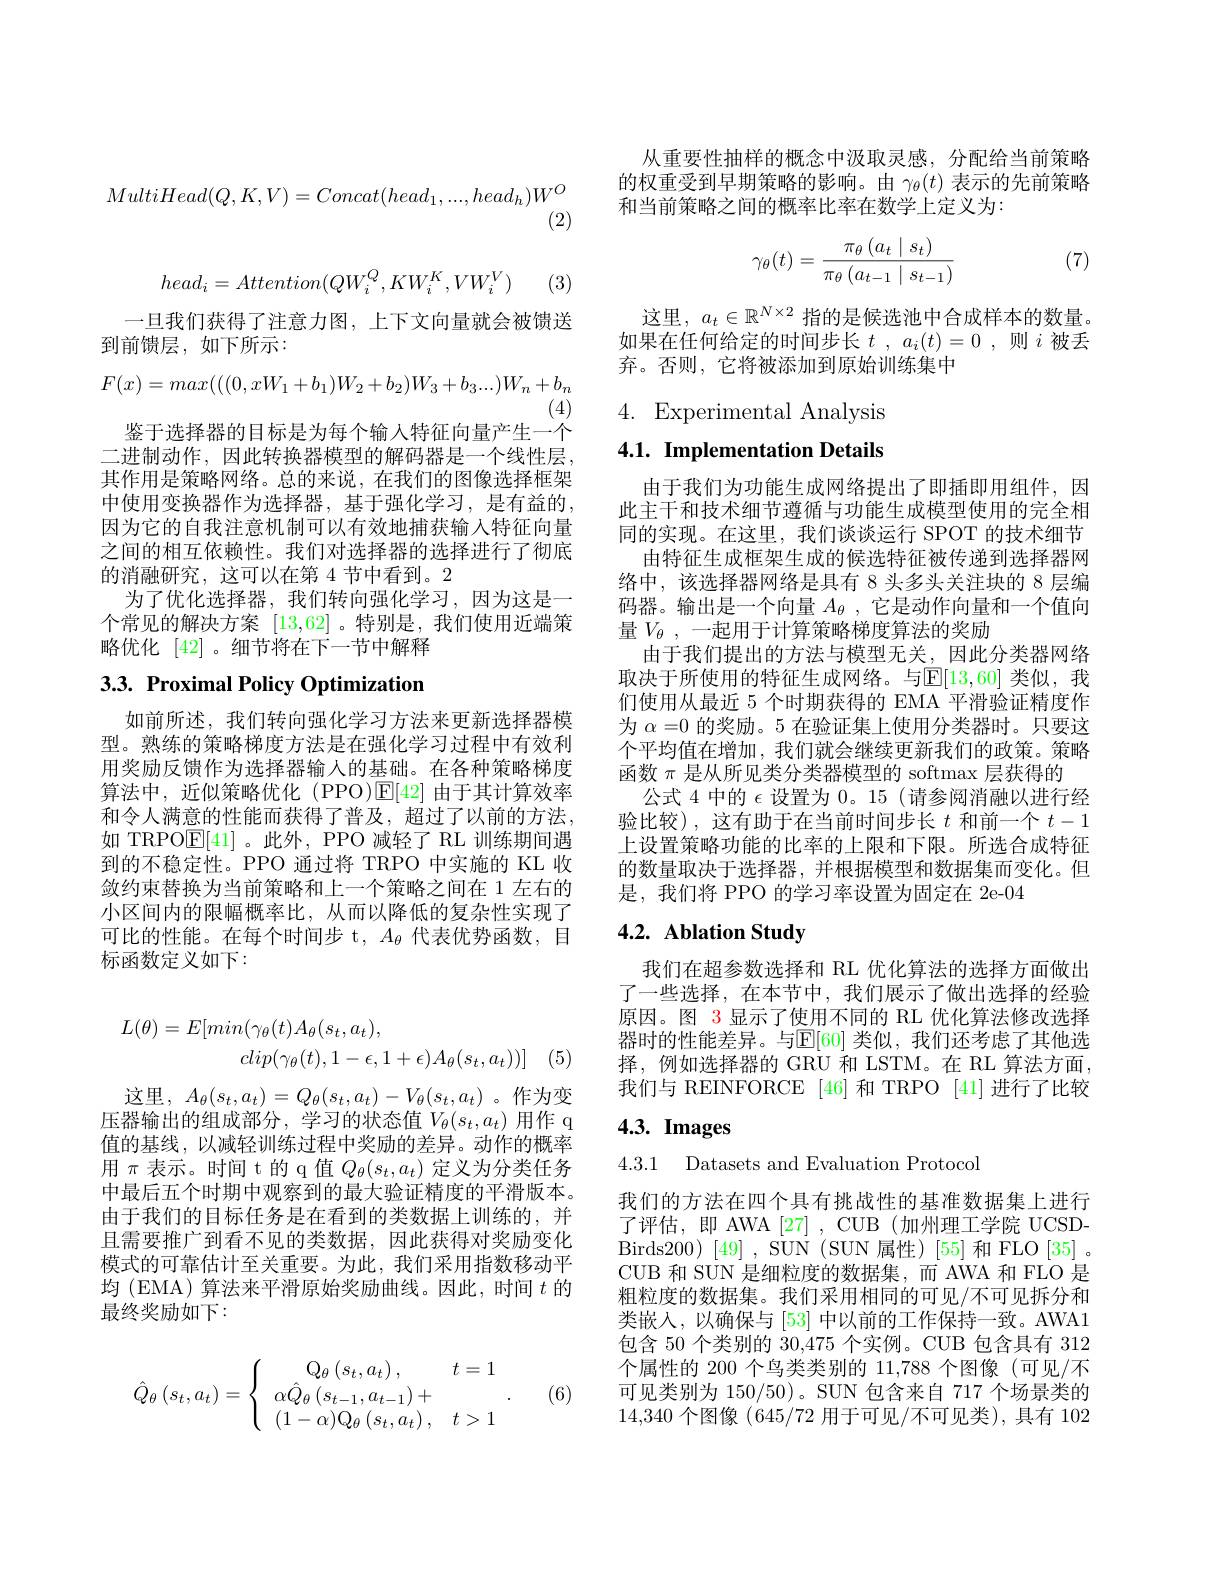
$$MultiHead(Q,K,V)=Concat(head_1,...,head_h)W^O$$
(2)
$$head_{i}=Attention(QW_{i}^{Q},KW_{i}^{K},VW_{i}^{V})$$
(3,
$$F(x)=max(((0,xW_{1}+b_{1})W_{2}+b_{2})W_{3}+b_{3}...)W_{n}+b_{n}$$
(4)

一旦我们获得了注意力图，上下文向量就会被馈送
到前馈层，如下所示：
鉴于选择器的目标是为每个输入特征向量产生一个二进制动作，因此转换器模型的解码器是一个线性层， 其作用是策略网络。总的来说，在我们的图像选择框架中使用变换器作为选择器，基于强化学习，是有益的， 因为它的自我注意机制可以有效地捕获输入特征向量之间的相互依赖性。我们对选择器的选择进行了彻底的消融研究，这可以在第 4 节中看到。2
为了优化选择器，我们转向强化学习，因为这是一个常见的解决方案[13,62] 。特别是，我们使用近端策略优化[42] 。细节将在下一节中解释

# $3. 3. \textbf{ Proximal Policy Optimization}$

如前所述，我们转向强化学习方法来更新选择器模型。熟练的策略梯度方法是在强化学习过程中有效利用奖励反馈作为选择器输入的基础。在各种策略梯度算法中，近似策略优化(PPO)$\mathbb{E}[42]$由于其计算效率和令人满意的性能而获得了普及，超过了以前的方法， 如 TRPO$\underline{\mathrm{E}}[41]$。此外，PPO 减轻了 RL 训练期间遇到的不稳定性。PPO 通过将 TRPO 中实施的 KL 收敛约束替换为当前策略和上一个策略之间在 1 左右的小区间内的限幅概率比，从而以降低的复杂性实现了可比的性能。在每个时间步 t, $A_\theta$代表优势函数，目标函数定义如下：
$$\begin{aligned}L(\theta)&=E[min(\gamma_\theta(t)A_\theta(s_t,a_t),\\&clip(\gamma_\theta(t),1-\epsilon,1+\epsilon)A_\theta(s_t,a_t))]\end{aligned}$$
这里，$A_\theta(s_t,a_t)=Q_\theta(s_t,a_t)-V_\theta(s_t,a_t)$ 。作为变压器输出的组成部分，学习的状态值$V_\theta(s_t,a_t)$用作 q 值的基线，以减轻训练过程中奖励的差异。动作的概率用$\pi$表示。时间 t 的 q 值$Q_\theta(s_t,a_t)$定义为分类任务中最后五个时期中观察到的最大验证精度的平滑版本。由于我们的目标任务是在看到的类数据上训练的，并且需要推广到看不见的类数据，因此获得对奖励变化模式的可靠估计至关重要。为此，我们采用指数移动平均 (EMA) 算法来平滑原始奖励曲线。因此，时间$t$的最终奖励如下：

(6)
$$\hat{Q}_{\theta}\left(s_{t},a_{t}\right)=\left\{\begin{array}{cc}\mathrm{Q}_{\theta}\left(s_{t},a_{t}\right),&t=1\\\alpha\hat{Q}_{\theta}\left(s_{t-1},a_{t-1}\right)+\\(1-\alpha)\mathrm{Q}_{\theta}\left(s_{t},a_{t}\right),&t>1\end{array}\right..$$
从重要性抽样的概念中汲取灵感，分配给当前策略的权重受到早期策略的影响。由$\gamma_\theta(t)$表示的先前策略和当前策略之间的概率比率在数学上定义为：

(7)
$$\gamma_\theta(t)=\frac{\pi_\theta\left(a_t\mid s_t\right)}{\pi_\theta\left(a_{t-1}\mid s_{t-1}\right)}$$
这里，$a_t\in\mathbb{R}^{N\times2}$指的是候选池中合成样本的数量。如果在任何给定的时间步长$t$ , $a_i( t) = 0$ ,则$i$被丢弃。否则，它将被添加到原始训练集中

4. Experimental Analysis

4.1. Implementation Details

由于我们为功能生成网络提出了即插即用组件，因此主干和技术细节遵循与功能生成模型使用的完全相同的实现。在这里，我们谈谈运行 SPOT 的技术细节
由特征生成框架生成的候选特征被传递到选择器网络中，该选择器网络是具有 8 头多头关注块的 8 层编码器。输出是一个向量$A_\theta$,它是动作向量和一个值向量$V_\theta$,一起用于计算策略梯度算法的奖励
由于我们提出的方法与模型无关，因此分类器网络取决于所使用的特征生成网络。与$\mathbb{E}[13,60]$ 类似，我们使用从最近 5 个时期获得的 EMA 平滑验证精度作为$\alpha=0$的奖励。5 在验证集上使用分类器时。只要这个平均值在增加，我们就会继续更新我们的政策。策略函数$\pi$是从所见类分类器模型的 softmax 层获得的
公式 4 中的$\epsilon$设置为0。15 (请参阅消融以进行经验比较),这有助于在当前时间步长$t$和前一个$t-1$ 上设置策略功能的比率的上限和下限。所选合成特征的数量取决于选择器，并根据模型和数据集而变化。但是，我们将 PPO 的学习率设置为固定在 2e-04

## 4.2. Ablation Study

我们在超参数选择和 RL 优化算法的选择方面做出了一些选择，在本节中，我们展示了做出选择的经验原因。图 3显示了使用不同的 RL 优化算法修改选择器时的性能差异。与$\mathbb{E}[60]$ 类似，我们还考虑了其他选择，例如选择器的 GRU 和 LSTM。在 RL 算法方面， 我们与 REINFORCE [46] 和 TRPO [41] 进行了比较

# $4. 3. \textbf{ Images}$

4.3.1 Datasets and Evaluation Protocoj

我们的方法在四个具有挑战性的基准数据集上进行了评估，即 AWA[27] , CUB (加州理工学院 UCSDBirds200) [49] , SUN (SUN 属性) [55] 和 FLO [35] 。CUB 和 SUN 是细粒度的数据集，而 AWA 和 FLO 是粗粒度的数据集。我们采用相同的可见/不可见拆分和类嵌入，以确保与[53]中以前的工作保持一致。AWA1包含 50 个类别的 30,475 个实例。CUB 包含具有 312个属性的 200 个鸟类类别的 11,788 个图像 (可见/不可见类别为 150/50)。SUN 包含来自 717 个场景类的14,340个图像 (645/72 用于可见/不可见类),具有 102